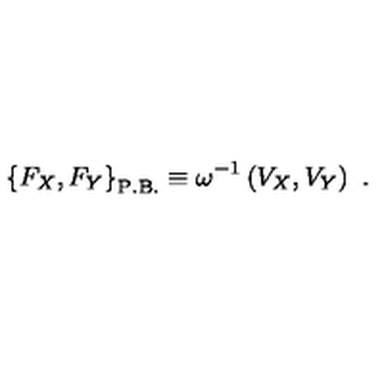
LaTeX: \left\{ { F _ { X } , F _ { Y } } \right\} _ { \mathrm { P . B . } } \equiv \omega ^ { - 1 } \left( { V _ { X } , V _ { Y } } \right) \ .